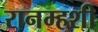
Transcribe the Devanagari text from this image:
रानम्हशी